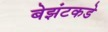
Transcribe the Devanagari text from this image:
बेझंटकडे